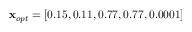
\mathbf { x } _ { o p t } = [ 0 . 1 5 , 0 . 1 1 , 0 . 7 7 , 0 . 7 7 , 0 . 0 0 0 1 ]